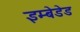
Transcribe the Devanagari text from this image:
इम्बेडेड